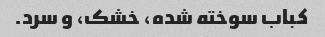
کباب سوخته شده، خشک، و سرد.